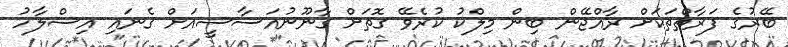
ބޭރުގެ ފަރާތްތަކަށް ރާއްޖޭން ބިން މިލްކު ކުރެވޭ ގޮތަށް ގާނޫނުއަސާސީއަށް ގެނައި އިސްލާހު